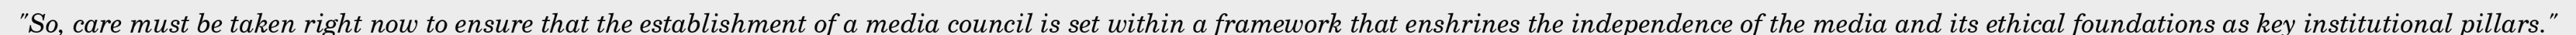
"So, care must be taken right now to ensure that the establishment of a media council is set within a framework that enshrines the independence of the media and its ethical foundations as key institutional pillars."